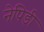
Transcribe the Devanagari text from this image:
नेपिडी